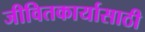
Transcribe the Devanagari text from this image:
जीवितकार्यासाठी